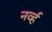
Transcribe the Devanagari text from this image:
नर्व्ह